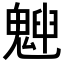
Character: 𩳱